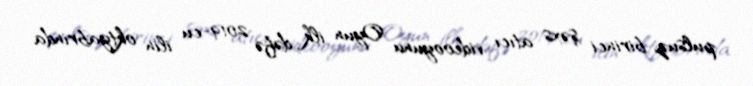
pulsuz, birinci şəxs atıcı videooyunu Oyun ilk dəfə 2019-cu ilin oktyabrında